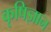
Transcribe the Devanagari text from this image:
कृषिज्ञान